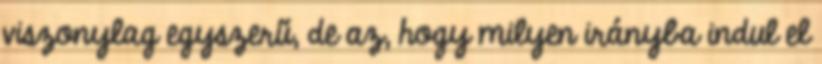
viszonylag egyszerű, de az, hogy milyen irányba indul el